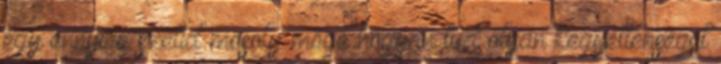
egy ennyire szelíd mosoly mögé hogyan tud olyan kegyetlenséget